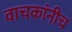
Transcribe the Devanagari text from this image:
वाचकांनीच